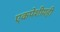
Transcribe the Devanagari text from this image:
एकपेशीयही